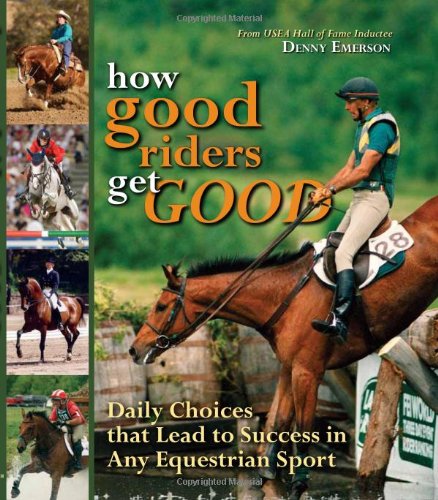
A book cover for How Good Riders Get Good: Daily Choices That Lead to Success in Any Equestrian Sport; Denny Emerson; Crafts, Hobbies & Home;